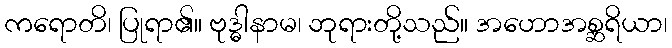
ကရောတိ၊ ပြုရာ၏။ ဗုဒ္ဓါနာမ၊ ဘုရားတို့သည်။ အဟောအစ္ဆရိယာ၊